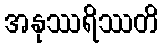
အနုဿရိဿတိ